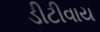
ડીટીવાય